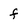
Character: f